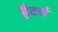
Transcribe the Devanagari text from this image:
हैटर्स